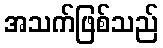
အသက်ဖြစ်သည်